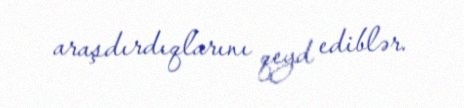
araşdırdıqlarını qeyd ediblər.